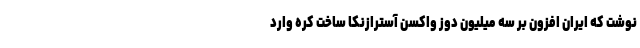
نوشت که ایران افزون بر سه میلیون دوز واکسن آسترازنکا ساخت کره وارد